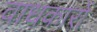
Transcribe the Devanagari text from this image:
वाधकारों